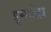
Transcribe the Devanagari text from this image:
इसाबेल्ल